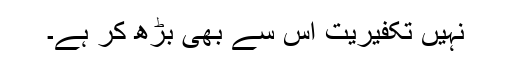
نہیں تکفیریت اس سے بھی بڑھ کر ہے۔